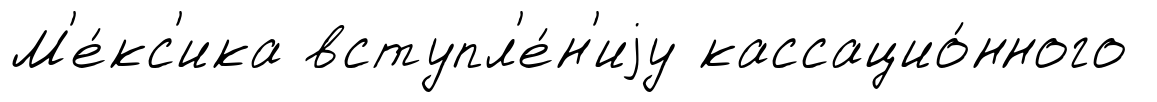
М'е́кс'ика вступл'е́н'иjу кассацио́нного